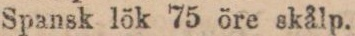
Spansk lök 75 öre skålp.